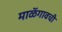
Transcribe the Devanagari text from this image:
माळॅगावची